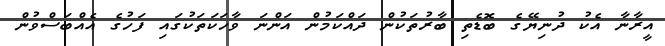
އީރާނާ އެކު ދުނިޔޭގެ ބޮޑެތި ބާރުތަކުން ދައްކަމުން އަންނަ ވާހަކަތަކުގައި ފަހުގެ އެއްބަސްވުން